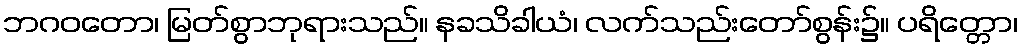
ဘဂဝတော၊ မြတ်စွာဘုရားသည်။ နခသိခါယံ၊ လက်သည်းတော်စွန်း၌။ ပရိတ္တော၊